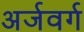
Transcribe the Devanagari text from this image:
अर्जवर्ग